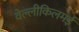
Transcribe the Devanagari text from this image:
वेल्लीकिलमई